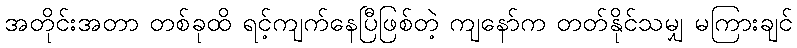
အတိုင်းအတာ တစ်ခုထိ ရင့်ကျက်နေပြီဖြစ်တဲ့ ကျနော်က တတ်နိုင်သမျှ မကြားချင်